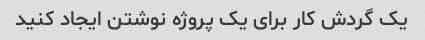
یک گردش کار برای یک پروژه نوشتن ایجاد کنید